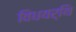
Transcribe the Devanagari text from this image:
विधयर्थि